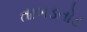
તાબડતોડ